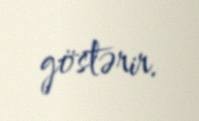
göstərir.